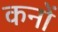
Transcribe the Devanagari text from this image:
कनों